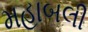
મહાબલી